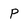
Character: p